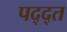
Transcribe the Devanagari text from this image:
पद्द्त